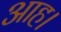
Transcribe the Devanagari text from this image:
आह।